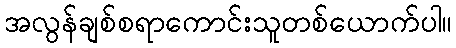
အလွန်ချစ်စရာကောင်းသူတစ်ယောက်ပါ။